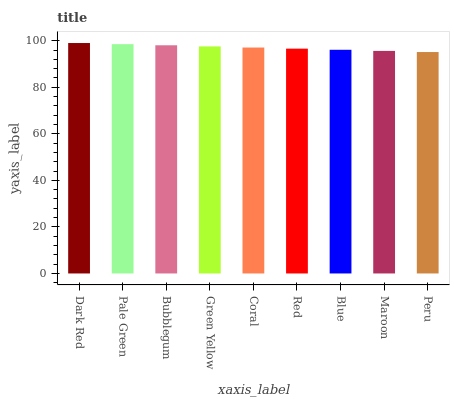
| xaxis_label | bars |
 | --- | --- |
 | Dark Red | 99 |
 | Pale Green | 98.5 |
 | Bubblegum | 98 |
 | Green Yellow | 97.5 |
 | Coral | 97.1 |
 | Red | 96.6 |
 | Blue | 96.1 |
 | Maroon | 95.6 |
 | Peru | 95.1 |